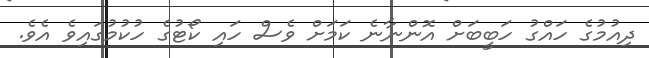
ދިއުމުގެ ހައްގު ހަބީބަށް އޮންނާނެ ކަމަށް ވެސް ހައި ކޯޓުގެ ހުކުމުގައިވެ އެވެ.